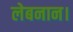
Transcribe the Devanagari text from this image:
लेबनान।